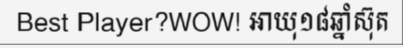
Best Player?WOW! អាយុ១៨ឆ្នាំស៊ុត